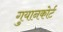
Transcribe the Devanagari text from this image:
गुयानकोर्ट